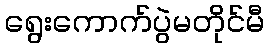
ရွေးကောက်ပွဲမတိုင်မီ